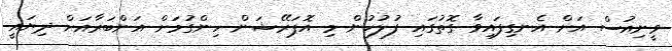
ވީނިއުސް އަށް އެނގިފައިވާ ގޮތުގައި ފުލުހުން މި އޮޕަރޭޝަން ހިންގުމަށް އަންބަރާއަށް ދިޔައީ